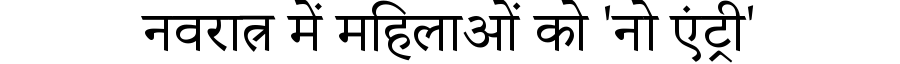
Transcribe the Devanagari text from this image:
नवरात्र में महिलाओं को 'नो एंट्री'